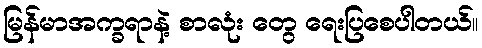
မြန်မာအက္ခရာနဲ့ စာလုံး တွေ ရေးပြစေပါတယ်။